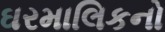
ઘરમાલિકનો